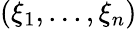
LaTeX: (\xi_{1},...,\xi_{n})